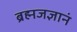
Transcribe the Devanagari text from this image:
ब्रह्मजज्ञानं